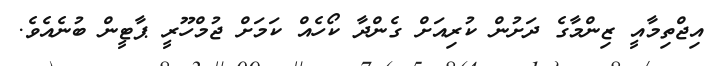
އިޖްތިމާއީ ޒިންމާގެ ދަށުން ކުރިއަށް ގެންދާ ކޯހެއް ކަމަށް ޖުމްހޫރީ ޕާޓީން ބުނެއެވެ.